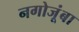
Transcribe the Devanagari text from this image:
नगोजूंबा